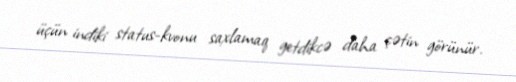
üçün indiki status-kvonu saxlamaq getdikcə daha çətin görünür.